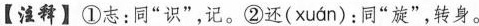
【注释】①志：同“识”，记。②还（xuan）:同“旋”，转身。